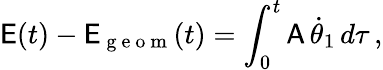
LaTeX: \mathsf{E}(t)-\mathsf{E}_{\mathrm{~g~e~o~m~}}(t)=\int_{0}^{t}\mathsf{A}\, \dot{\theta}_{1}\, d\tau\, ,